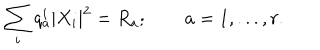
\sum _ { i } q _ { a } ^ { i } | X _ { i } | ^ { 2 } = R _ { a } ; \qquad a = 1 , . . . , r .